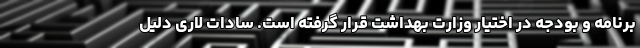
برنامه و بودجه در اختیار وزارت بهداشت قرار گرفته است. سادات لاری دلیل